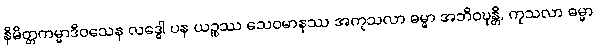
နိမိတ္တကမ္မာဒိဝသေန လဒ္ဓေါ ပန ယဉ္စဿ သေဝမာနဿ အကုသလာ ဓမ္မာ အဘိဝဍ္ဎန္တိ, ကုသလာ ဓမ္မာ